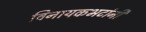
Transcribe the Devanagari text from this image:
विनायकभटांनी